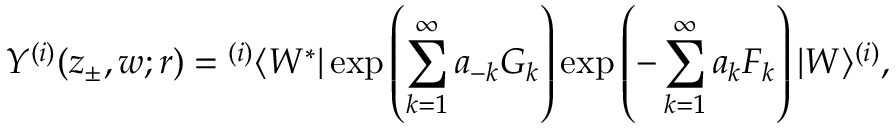
Y ^ { ( i ) } ( z _ { \pm } , w ; r ) = { } ^ { ( i ) } \langle W ^ { * } | \exp \left( \sum _ { k = 1 } ^ { \infty } a _ { - k } G _ { k } \right) \exp \left( - \sum _ { k = 1 } ^ { \infty } a _ { k } F _ { k } \right) | W \rangle ^ { ( i ) } ,